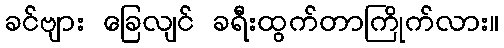
ခင်ဗျား ခြေလျင် ခရီးထွက်တာကြိုက်လား။